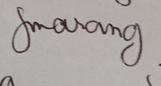
Signature authenticity: genuine